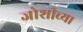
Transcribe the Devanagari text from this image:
जोशीच्या